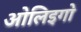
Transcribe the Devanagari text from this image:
ओलिइगो